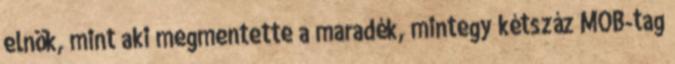
elnök, mint aki megmentette a maradék, mintegy kétszáz MOB-tag